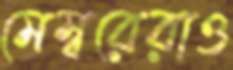
মেম্বরেরাও